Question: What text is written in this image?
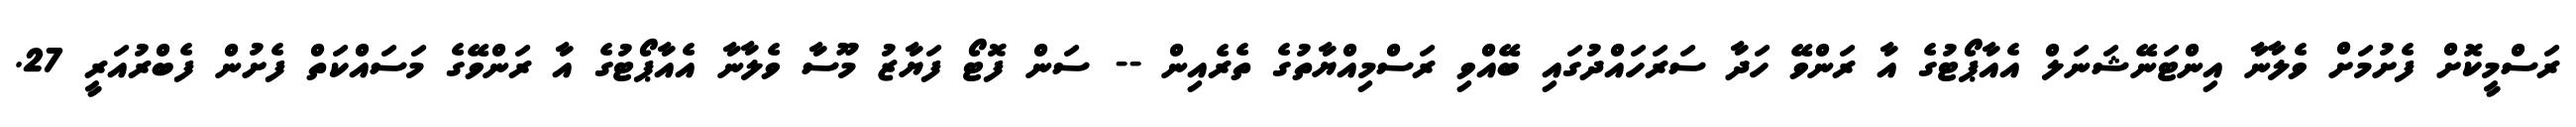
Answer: ރަސްމީކޮށް ފެށުމަށް ވެލާނާ އިންޓަނޭޝަނަލް އެއާޕޯޓުގެ އާ ރަންވޭ ހަދާ ސަރަހައްދުގައި ބޭއްވި ރަސްމިއްޔާތުގެ ތެރެއިން -- ސަން ފޮޓޯ ފަޔާޒު މޫސާ ވެލާނާ އެއާޕޯޓުގެ އާ ރަންވޭގެ މަސައްކަތް ފެށުން ފެބްރުއަރީ 27.